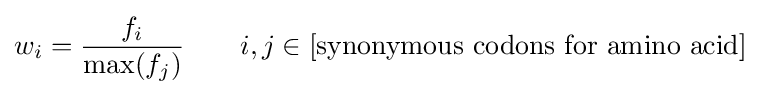
w_{i}={\frac {f_{i}}{\max(f_{j})}}\qquad i,j\in [{\text{synonymous codons for amino acid}}]